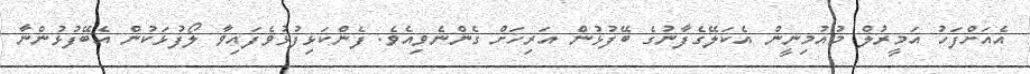
އެއަށްފަހު އަމީރުލް މުއުމިނީން އެކަލޭގެފާނުގެ ބޭފުޅުން އަރިހަށް ގެންނެވިއެވެ. ފެންކަޅިފުޅުވެފައިވާ ލޯފުޅަކުން އެބޭފުޅުންނާ